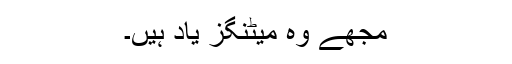
مجھے وہ میٹنگز یاد ہیں۔